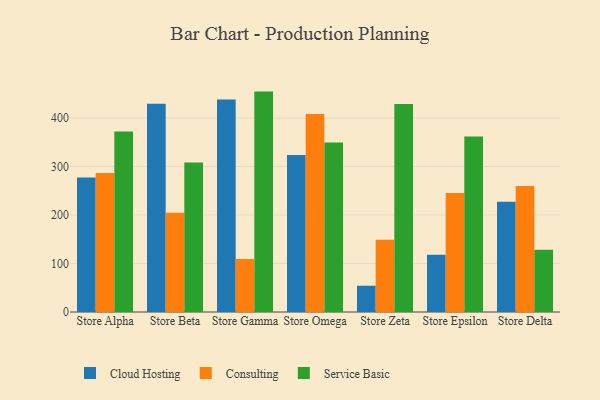
{"axis": {"x": "Store", "y": "Tickets Resolved"}, "legend": ["Cloud Hosting", "Consulting", "Service Basic"], "data": [{"x": "Store Alpha", "y": 277.6, "type": "Cloud Hosting"}, {"x": "Store Alpha", "y": 286.4, "type": "Consulting"}, {"x": "Store Alpha", "y": 372.3, "type": "Service Basic"}, {"x": "Store Beta", "y": 429.7, "type": "Cloud Hosting"}, {"x": "Store Beta", "y": 204.5, "type": "Consulting"}, {"x": "Store Beta", "y": 308.1, "type": "Service Basic"}, {"x": "Store Gamma", "y": 438.0, "type": "Cloud Hosting"}, {"x": "Store Gamma", "y": 109.4, "type": "Consulting"}, {"x": "Store Gamma", "y": 454.5, "type": "Service Basic"}, {"x": "Store Omega", "y": 323.7, "type": "Cloud Hosting"}, {"x": "Store Omega", "y": 408.4, "type": "Consulting"}, {"x": "Store Omega", "y": 349.7, "type": "Service Basic"}, {"x": "Store Zeta", "y": 54.2, "type": "Cloud Hosting"}, {"x": "Store Zeta", "y": 149.1, "type": "Consulting"}, {"x": "Store Zeta", "y": 428.8, "type": "Service Basic"}, {"x": "Store Epsilon", "y": 118.3, "type": "Cloud Hosting"}, {"x": "Store Epsilon", "y": 245.4, "type": "Consulting"}, {"x": "Store Epsilon", "y": 361.7, "type": "Service Basic"}, {"x": "Store Delta", "y": 227.4, "type": "Cloud Hosting"}, {"x": "Store Delta", "y": 259.9, "type": "Consulting"}, {"x": "Store Delta", "y": 128.2, "type": "Service Basic"}]}